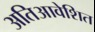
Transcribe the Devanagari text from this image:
अतिआवेशित